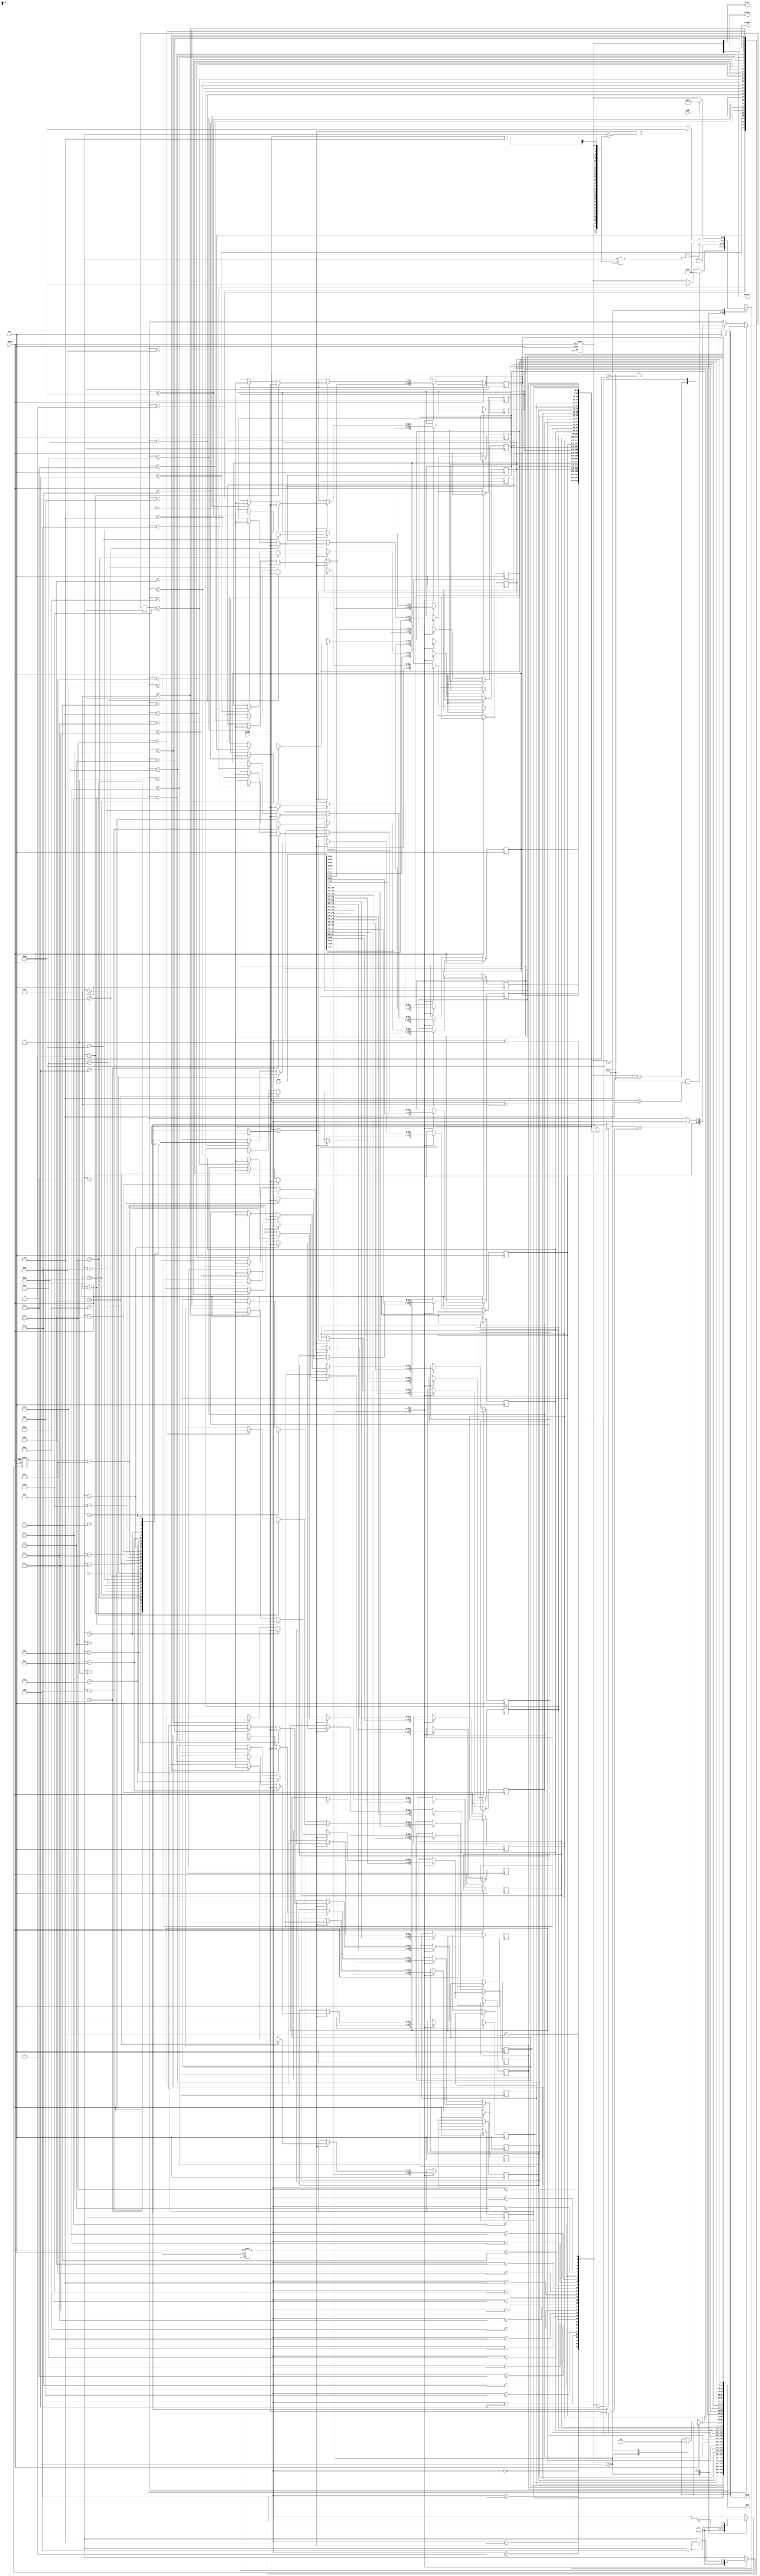
module insertion_sort(width, Reset, Clk, Start, Ack, Ain, Aout, Done, q_Ini, q_Incr, q_Comp, q_Done);

input [4:0] width;
input Reset, Clk;
input Start, Ack;
input [30*7 - 1:0] Ain;

output [30*7 - 1:0] Aout;
output Done;
output q_Ini, q_Incr, q_Comp, q_Done;

wire q_Ini, q_Incr, q_Comp, q_Done;
wire [30*7 - 1:0] Aout;
reg [6:0] A [0:29];
reg [3:0] state;
reg[4:0] K,J, Index;
reg Done;
genvar l;
integer i;

localparam
	INI = 4'b0001,
	INCR = 4'b0010,
	COMP = 4'b0100,
	DONE = 4'b1000,
	UNKN = 4'bXXXX;
	
generate
for (l = 1; l <= 30; l = l + 1)
	assign Aout[l*7-1:(l-1)*7] = A[l-1];
endgenerate	

assign {q_Done, q_Comp, q_Incr, q_Ini} = state;
	
always @ (posedge Clk, posedge Reset)
begin
	if (Reset)
	begin
		state <= INI;
		K <= 5'bXXXXX;
		J <= 5'bXXXXX;
	end
	else
	begin
		case (state) 
		
			INI:
			begin
				if (Start && width >= 2)
					state <= INCR;
				else if (Start && width < 2)
					state <= DONE;
			
				for (i = 1; i <= 30; i = i + 1)
					A[i-1] <= Ain[(i-1)*7 +: 7];
				K <= 5'b00000;
				J <= 5'b00000;
				Done <= 0;
			end
			
			INCR:
			begin
				state <= COMP;
				
				J <= K + 1;
				Index <= K;
			end
			
			COMP:
			begin
				if (J == width && K != width - 2)
					state <= INCR;
				else if (J == width && K == width - 2)
					state <= DONE;
					
				J <= J + 1;
				if (A[J] < A[Index])
					Index <= J;
				if (J == width)
				begin
					A[Index] <= A[K];
					A[K] <= A[Index];
					K <= K + 1;
				end
			end
			
			DONE:
			begin 
				if (Ack) 
					state <= INI;
					
				Done <= 1;
			end
				
			default:
				state <= UNKN;
		endcase
	end
end

endmodule